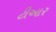
ટીઆર